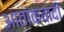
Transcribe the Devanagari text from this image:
आतांकवादी